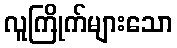
လူကြိုက်များသော